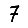
Digit: 7